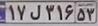
۱۷ل۳۱۶۵۳